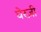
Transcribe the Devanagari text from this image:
घेरज़ी